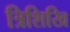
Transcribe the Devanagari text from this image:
त्रिशिखि